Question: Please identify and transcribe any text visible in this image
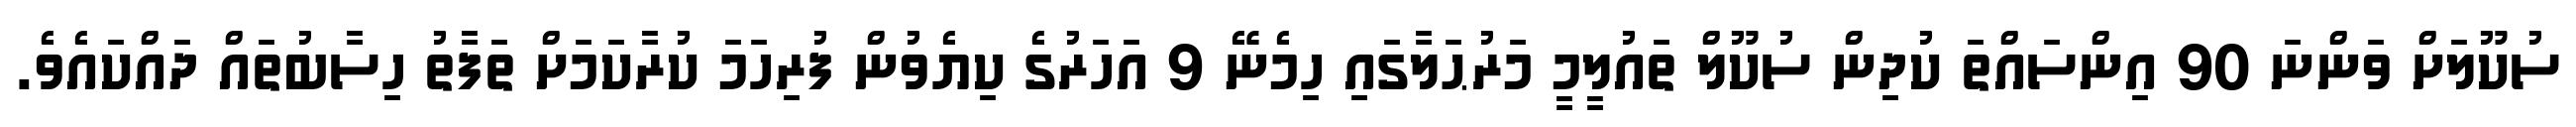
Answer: ސުކޫލަށް ވަންނަ 90 އިންސައްތަ ކުދިން ސުކޫލް ތައުލީމީ މަރުޙަލާގައި ހިމެނޭ 9 އަހަރުގެ ކިޔެވުން ފުރިހަމަ ކުރާކަމަށް ތަފާތު ހިސާބުތައް ދައްކައެވެ.